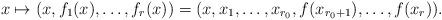
LaTeX: \begin{align*}x\mapsto (x, f_1(x), \ldots, f_r(x))=(x, x_1, \ldots, x_{r_0}, f(x_{r_0+1}), \ldots, f(x_r)).\end{align*}